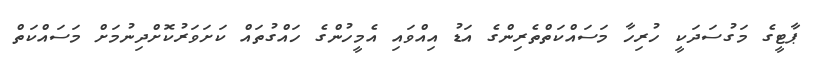
ޕާޓީގެ މަގުސަދަކީ ހުރިހާ މަސައްކަތްތެރިންގެ އަޑު އިއްވައި އެމީހުންގެ ހައްގުތައް ކަށަވަރުކޮށްދިނުމަށް މަސައްކަތް